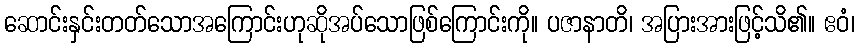
ဆောင်းနှင်းတတ်သောအကြောင်းဟုဆိုအပ်သောဖြစ်ကြောင်းကို။ ပဇာနာတိ၊ အပြားအားဖြင့်သိ၏။ ဧဝံ၊